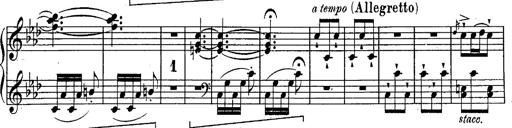
Title: Schubert's Impromptus [revised and edited by Franz Liszt]
Composer: Franz Liszt